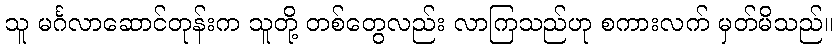
သူ မင်္ဂလာဆောင်တုန်းက သူတို့ တစ်တွေလည်း လာကြသည်ဟု စကားလက် မှတ်မိသည်။